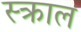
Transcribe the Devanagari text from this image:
स्क्राल